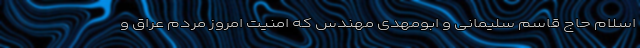
اسلام حاج قاسم سلیمانی و ابومهدی مهندس که امنیت امروز مردم عراق و